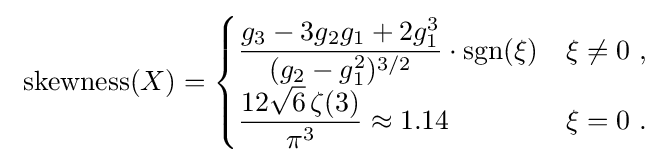
\ \operatorname {skewness} (X)={\begin{cases}{\dfrac {g_{3}-3g_{2}g_{1}+2g_{1}^{3}}{(g_{2}-g_{1}^{2})^{3/2}}}\cdot \operatorname {sgn}(\xi )&\xi \neq 0\ ,\\{\dfrac {12{\sqrt {6}}\,\zeta (3)}{\pi ^{3}}}\approx 1.14&\xi =0~.\end{cases}}